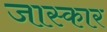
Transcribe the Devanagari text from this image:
जास्कार